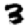
Digit: 3